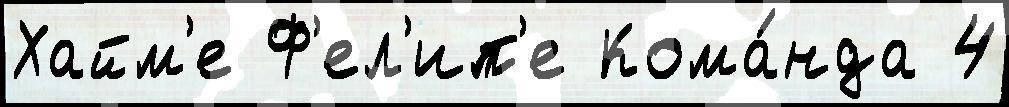
Хайм'е Ф'ел'ип'е Кома́нда 4